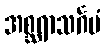
အစ္ဆရာသင်္ဂမံ